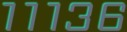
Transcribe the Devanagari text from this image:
१११३६